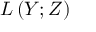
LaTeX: L \left( Y ; Z \right)